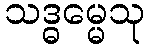
သဒ္ဓမ္မေသု